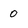
Character: 0